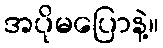
အပိုမပြောနဲ့။